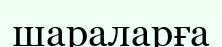
шараларға